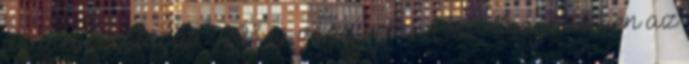
úr megbízatását 2003-ig vagy sem. A bizottsági ülésen az